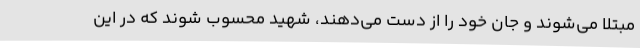
مبتلا می‌شوند و جان خود را از دست می‌دهند، شهید محسوب شوند که در این